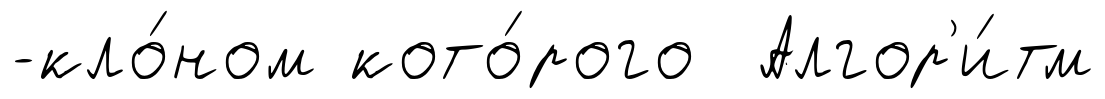
-кло́ном кото́рого Алгор'и́тм